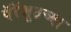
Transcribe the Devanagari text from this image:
पॅरॅशूटच्या